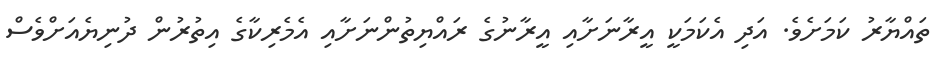
ތައްޔާރު ކަމަށެވެ. އަދި އެކަމަކީ އީރާނަށާއި އީރާނުގެ ރައްޔިތުންނަށާއި އެމެރިކާގެ އިތުރުން ދުނިޔެއަށްވެސް